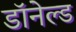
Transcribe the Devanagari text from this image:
डॉनेल्ड